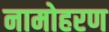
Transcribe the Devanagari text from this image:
नामोहरण